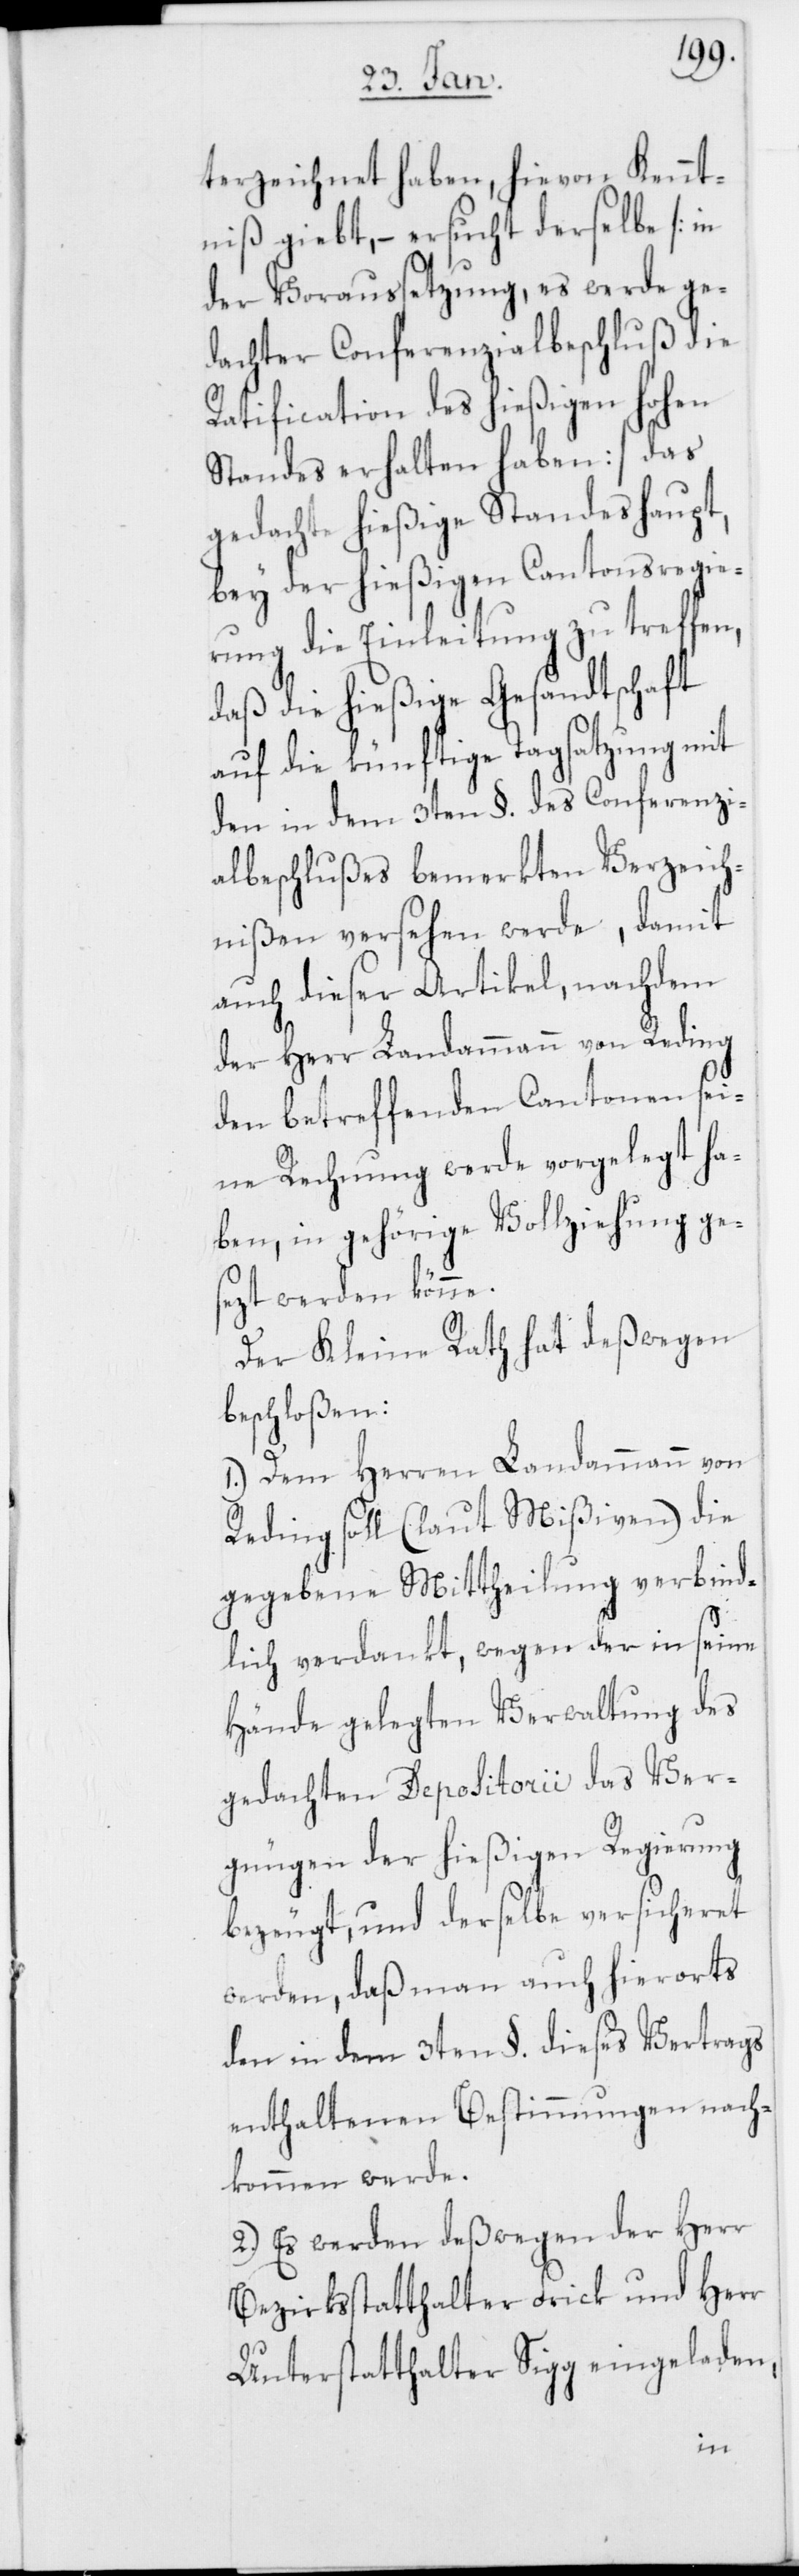
terzeichnet haben, hievon Kennt¬
niß giebt, – ersucht derselbe [in
der Voraussetzung, es werde ge¬
dachter Conferenzialbeschluß die
Ratification des hießigen hohen
Standes erhalten haben] das
gedachte hießige Standeshaupt,
bey der hießigen Cantonsregie¬
rung die Einleitung zu treffen,
daß die hießige Gesandtschaft
auf die künftige Tagsatzung mit
den in dem 3ten §. des Conferenzi¬
albeschlußes bemerkten Verzeich¬
nißen versehen werde, damit
auch dieser Artikel, nachdem
der Herr Landammann von Reding
den betreffenden Cantonen sei¬
ne Rechnung werde vorgelegt ha¬
ben, in gehörige Vollziehung ges¬
ezt werden könne.
Der Kleine Rath hat deswegen
beschloßen:
1.) Dem Herren Landammann von
Reding soll (laut Mißiven) die
gegebene Mittheilung verbind¬
lich verdankt, wegen der in seine
Hände gelegten Verwaltung des
gedachten Depositorii das Ver¬
gnügen der hießigen Regierung
bezeugt, und derselbe versicheret
werden, daß man auch hierorts
den in dem 3ten §. dieses Vertrags
enthaltenen Bestimmungen nach¬
kommen werde.
2.) Es werden deßwegen der Herr
Bezirksstatthalter Frick und Herr
Unterstatthalter Sigg eingeladen,